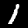
Label: 1